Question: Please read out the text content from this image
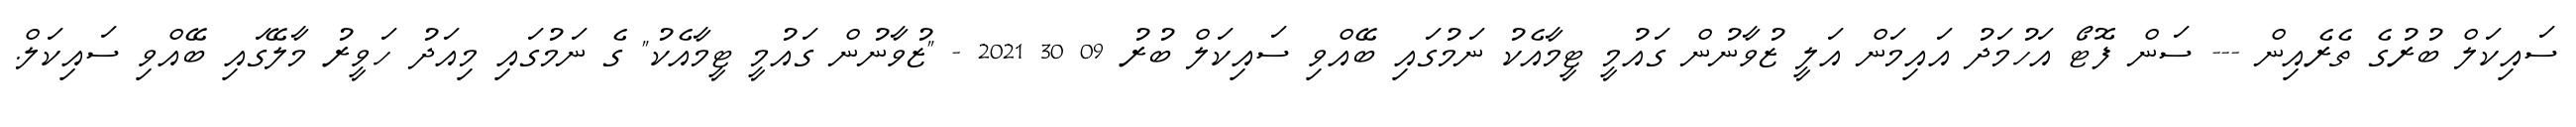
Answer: ސައިކަލް ބުރުގެ ތެރެއިން --- ސަން ފޮޓޯ އަހުމަދު އައިމަން އަލީ ޒުވާނުން ގައުމީ ޓީމާއެކު ނަމުގައި ބޭއްވި ސައިކަލް ބުރު 09 30 2021 - "ޒުވާނުން ގައުމީ ޓީމާއެކު" ގެ ނަމުގައި މިއަދު ހަވީރު މާލޭގައި ބޭއްވި ސައިކަލް.